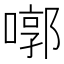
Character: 㗥